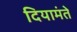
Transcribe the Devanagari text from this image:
दियामंते